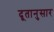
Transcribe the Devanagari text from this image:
दूतानुसार